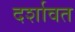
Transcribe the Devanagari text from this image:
दर्शावत